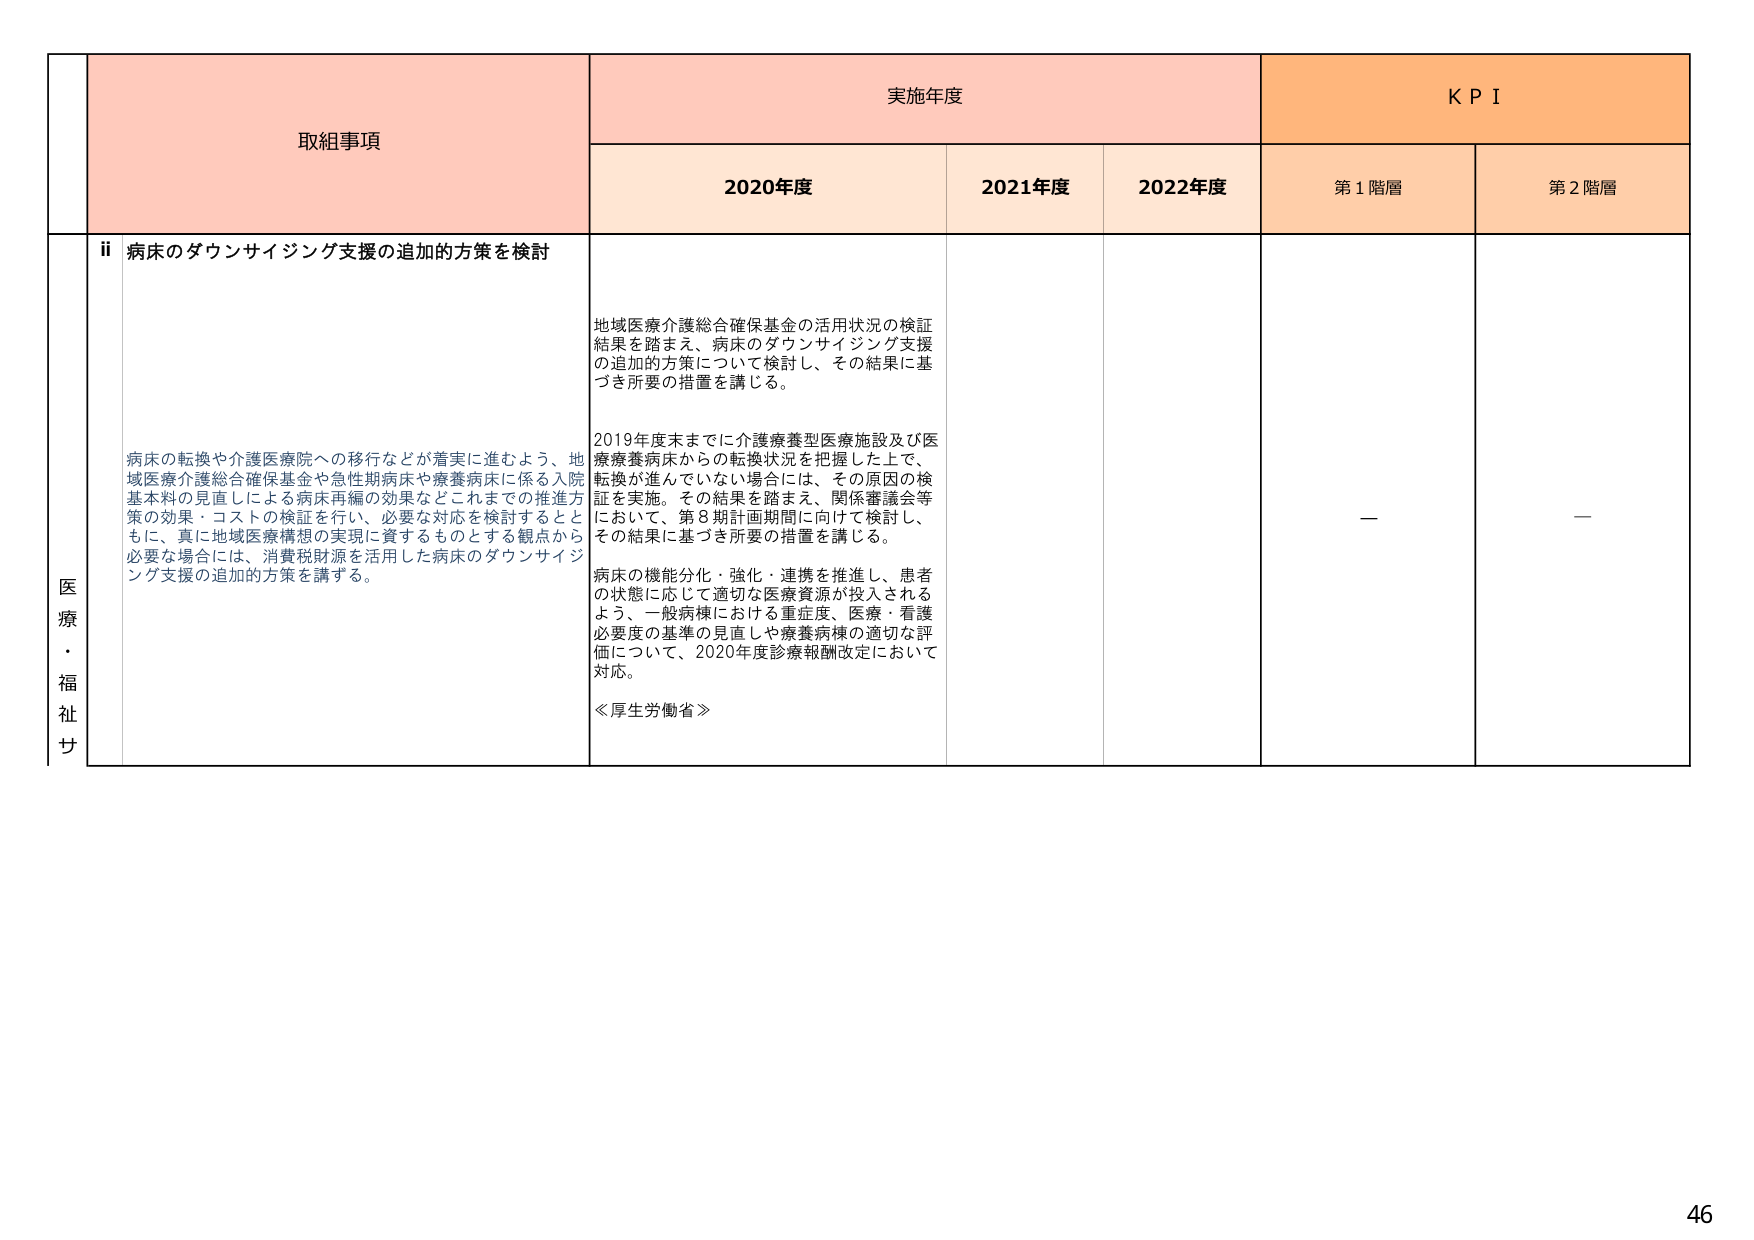
医療・福祉サ
取組事項
ii 病床のダウンサイジング支援の追加の方策を検討
病床の転換や介護医療院への移行などが着実に進むよう、地域医療介護総合確保基金や急性期病床や療養病床に係る入院基本料の見直しによる病床再編の効果などこれまでの推進方策の効果・コストの検証を行い、必要な対応を検討するとともに、真に地域医療構想の実現に資するものとする観点から必要な場合には、消費税財源を活用した病床のダウンサイジング支援の追加の方策を講ずる。
実施年度
2020年度
地域医療介護総合確保基金の活用状況の検証結果を踏まえ、病床のダウンサイジング支援の追加の方策について検討し、その結果に基づき所要の措置を講じる。
2019年度末までに介護療養型医療施設及び医療療養病床からの転換状況を把握した上で、転換が進んでいない場合には、その原因の検証を実施。その結果を踏まえ、関係審議会等において、第8期計画期間に向けて検討し、その結果に基づき所要の措置を講じる。
病床の機能分化・強化・連携を推進し、患者の状態に応じて適切な医療資源が投入されるよう、一般病棟における重症度、医療・看護必要度の基準の見直しや療養病棟の適切な評価について、2020年度診療報酬改定において対応。
≪厚生労働省≫
2021年度
2022年度
KPI
第1階層
ー
第2階層
ー
46